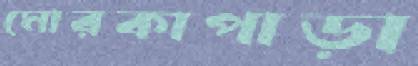
মোরকাপাড়া